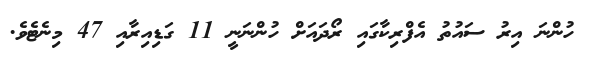
ހުންނަ އިރު ސައުތު އެފްރިކާގައި ރޯދައަށް ހުންނަނީ 11 ގަޑިއިރާއި 47 މިނެޓެވެ.